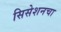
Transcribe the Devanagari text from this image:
सिसेशनचा